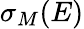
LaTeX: \sigma_{M}(E)